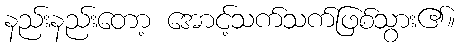
နည်းနည်းတော့ အောင့်သက်သက်ဖြစ်သွား၏။